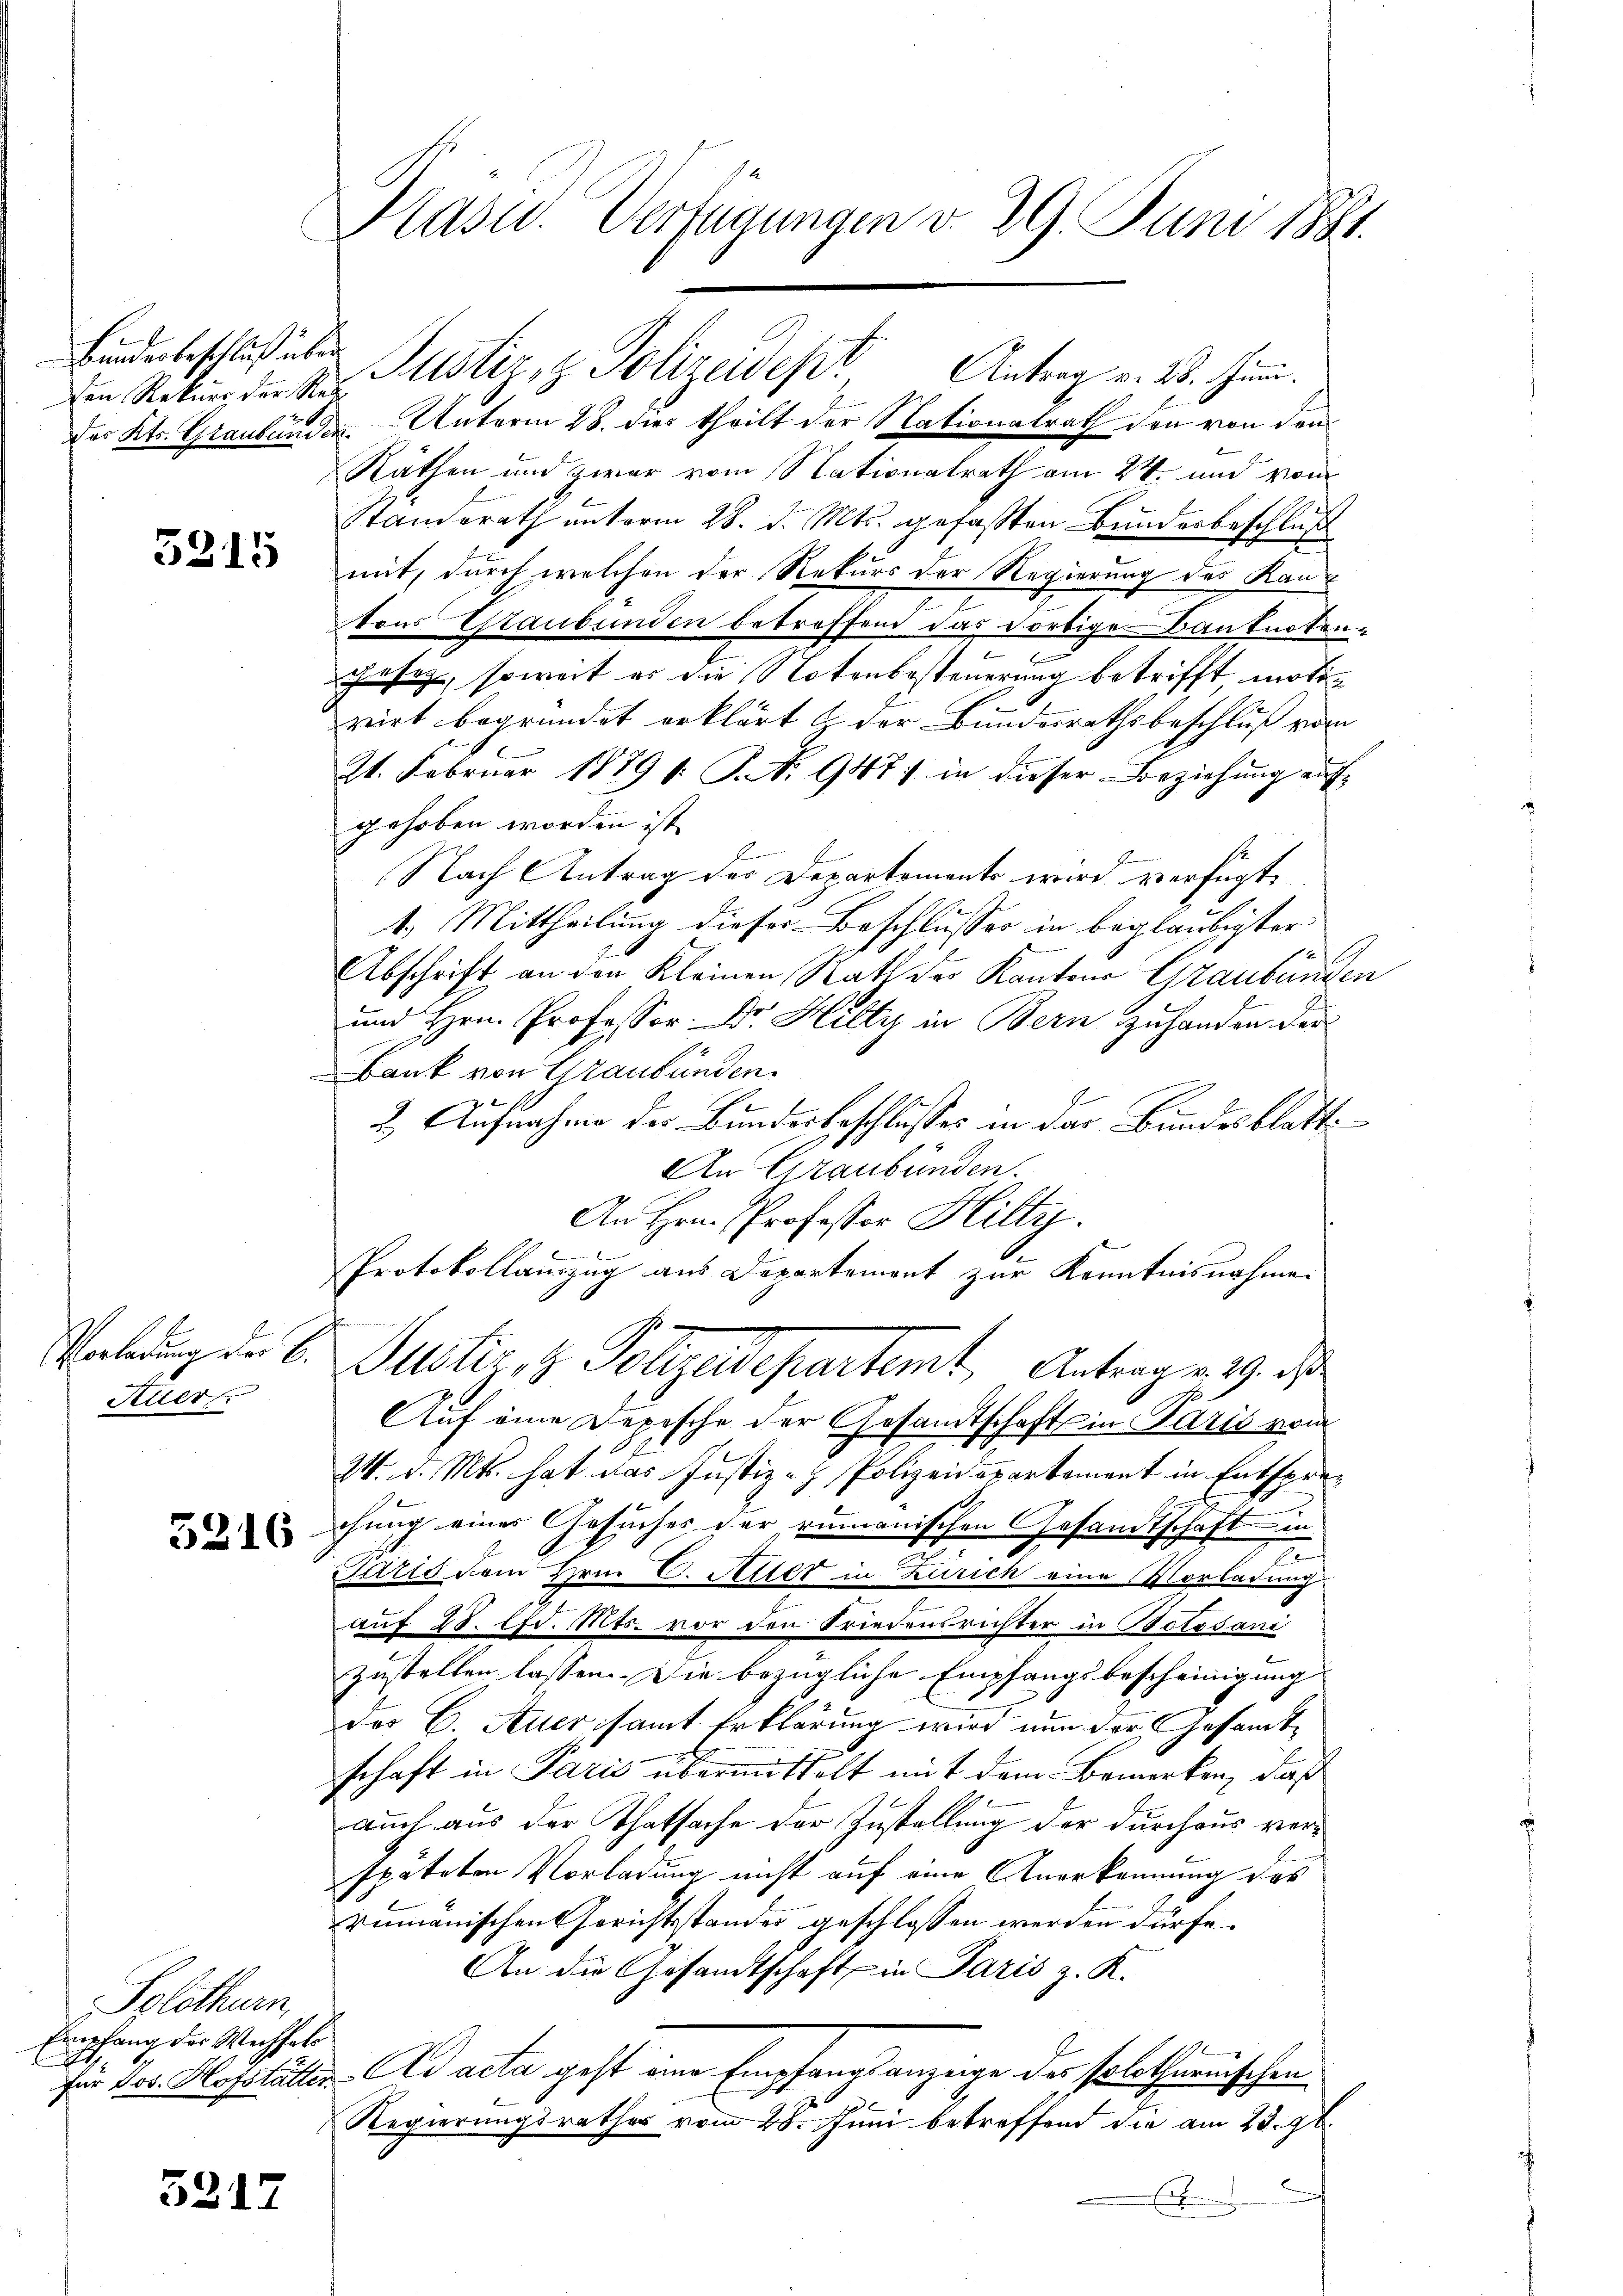
Bänderbeschluß über

5215

Auer

5216

Solothurn,
Empfang des Wechsels
.

5217

Des Kts. Graubünden. Unterm 28. dies theilt der Nationalrath den von den
Räthen und zwar vom Nationalrath am 24. und vom
Standerath unterm 28. d. Mts. gefaßten Bundesbeschluß
mit, durch welchen der Rekurs der Regierung des Kantons Staubunden betreffend das dortige Banknoten-
.
sig, soweit er die Notenbesteuerung betrifft, motivirt begründet erklärt & der Bundesrathsbeschluß vom
21. Februar 1879 s. S. 947) in dieser Beziehung auf-
gehoben worden ist.
Nach Antrag des Departements wird verfügt:
1.) Mittheilung dieser Beschlusses in beglaubigter
Abschrift an den Kleinen Rath der Kantons Graubünden
und Hrn. Professor Dr. Hilty in Bern zuhanden der
Bank von Graubünden.
2. Aufnahme des Bundesbeschlusses in das Bundesblatt
An Graubünden.
An Hrn. Professor Hilty.
b
Protokollauszug aus Departement zur Kenntnisnahme
Waldung der B. Justiz, z. Polizeidepartemt, Antrag v. 29. ds
Auf eine Depesche der Gesandtschaft in Paris vom
24. d. Mts. hat das Justiz- & Polizeidepartement in Entsprechung eines Gesuches der rumänischen Gesandtschaft in
x
Paris dem Hrn. C. Aller in Zürich eine Vorladung
auf 28. d. Mts. vor den Friedensrichter in Botosani
zustellen lassen. Die bezügliche Empfangsbescheinigung
des C. Auer samt Erklärung wird nun der Gesamt-
schaft in Parić übermittelt mit dem Bemerken, daß
auch aus der Thatsache der Zustellung der durchaus verspäteten Vorladung nicht auf eine Anerkennung des
rumänischen Gerichtsstandes geschlossen werden dürfe.
An die Gesandtschaft in Paris z. K.
für 100. Hofstätten. Ad acta geht eine Empfangsanzeige der solothurnischen
c
Regierungsrathes vom 28. Juni betreffend die am 23. gl.
.

Kasu. Verfügungen v. 29. Juni 1881.

Ein Rekurs der ses Justiz, z. Polizeidept Antrag v. 28. Juni.